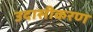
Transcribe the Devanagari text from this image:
उदासीकरण